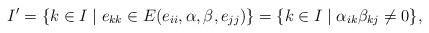
LaTeX: \begin{align*} I'&=\{k\in I\mid e_{kk}\in E(e_{ii},\alpha,\beta,e_{jj})\}=\{k\in I\mid \alpha_{ik}\beta_{kj}\ne 0\},\end{align*}